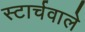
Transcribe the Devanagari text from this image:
स्टार्चवाले